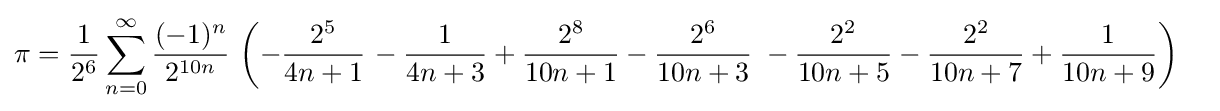
{\begin{aligned}\pi ={\frac {1}{2^{6}}}\sum _{n=0}^{\infty }{\frac {(-1)^{n}}{2^{10n}}}\,\left(-{\frac {2^{5}}{4n+1}}\right.&{}-{\frac {1}{4n+3}}+{\frac {2^{8}}{10n+1}}-{\frac {2^{6}}{10n+3}}\left.{}-{\frac {2^{2}}{10n+5}}-{\frac {2^{2}}{10n+7}}+{\frac {1}{10n+9}}\right)\end{aligned}}